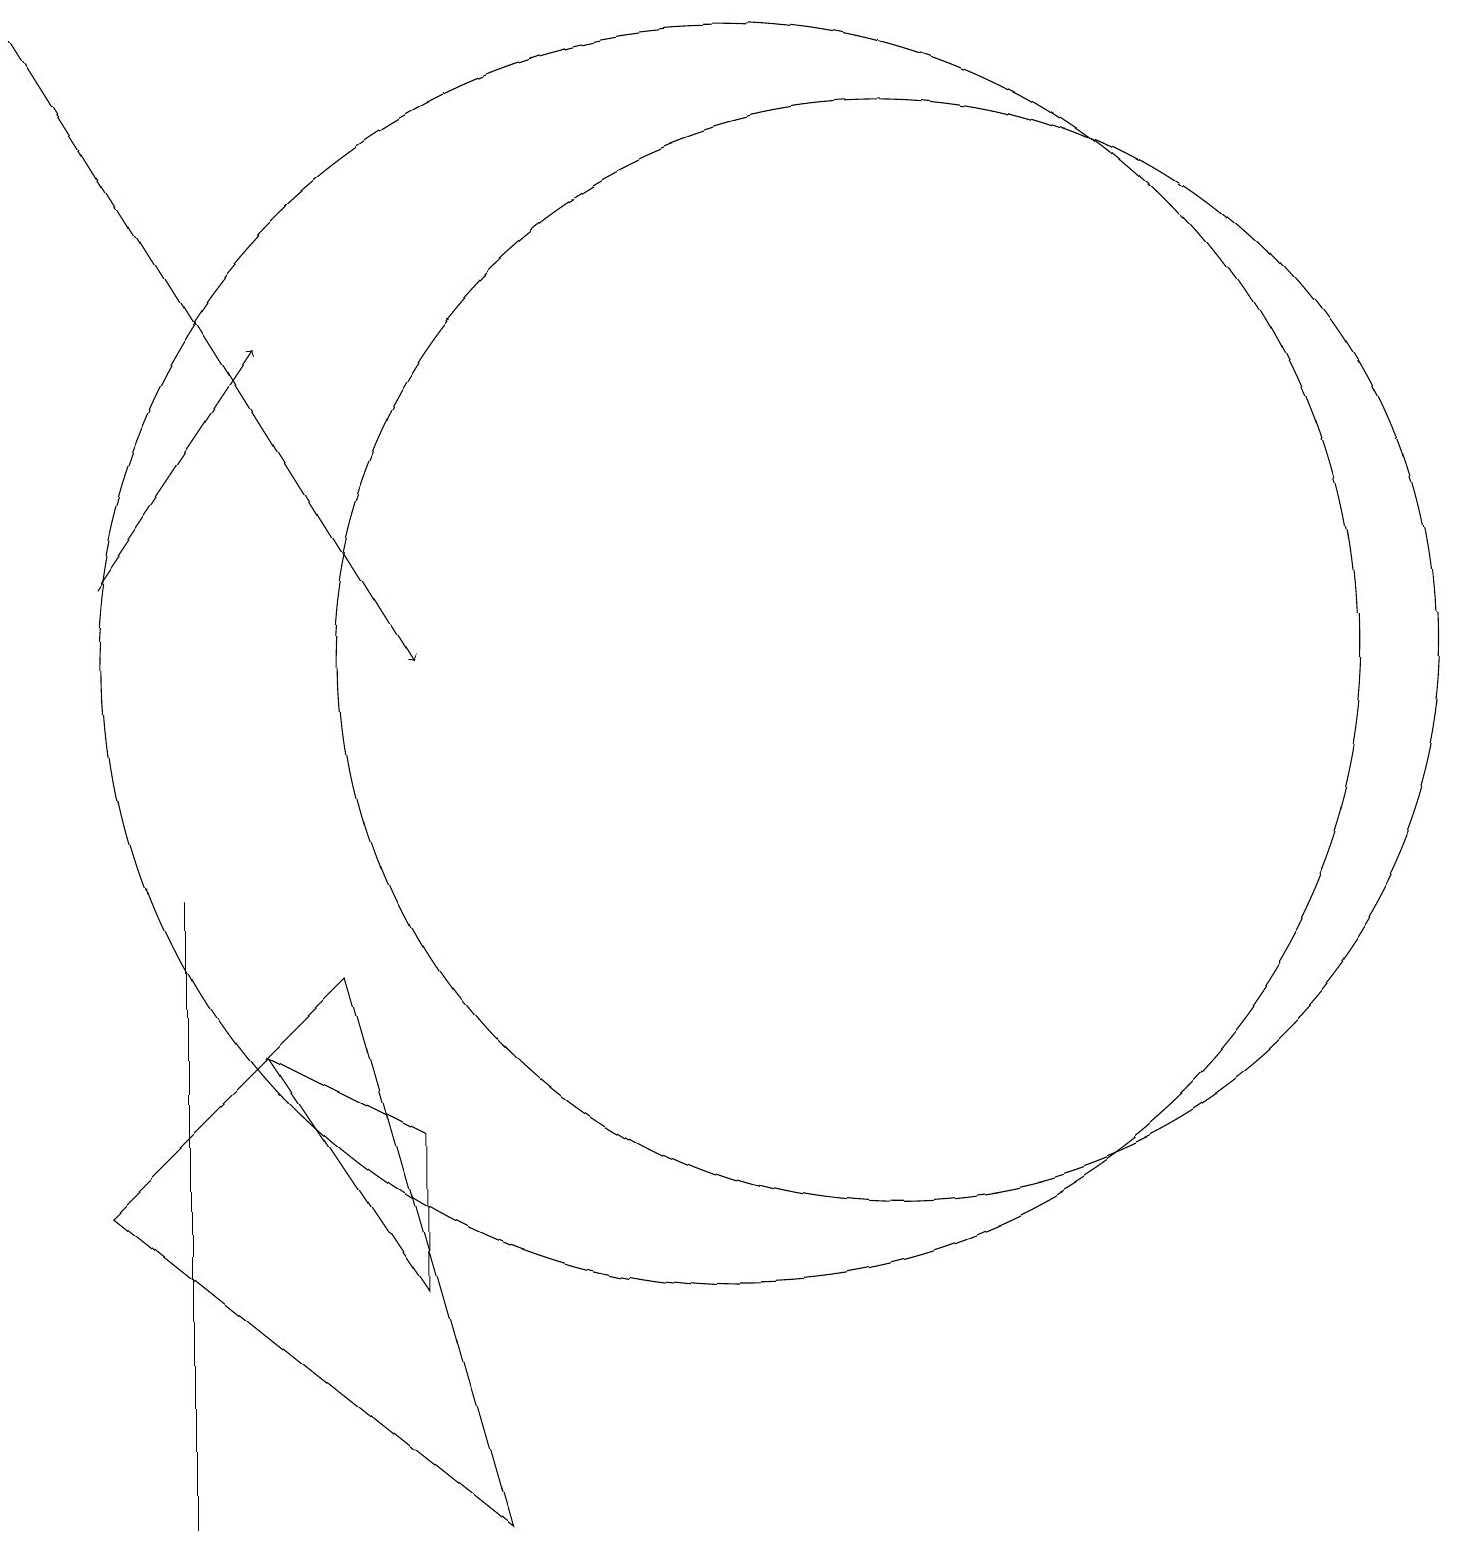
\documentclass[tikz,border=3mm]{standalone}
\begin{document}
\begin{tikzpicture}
\draw[->] (2,12) -- (4,15);
\draw (3,8) -- (3,1) -- (3,0) -- cycle;
\draw (12,11) circle (7);
\draw (6,5) -- (6,3) -- (4,6) -- cycle;
\draw (10,11) circle (8);
\draw[->] (1,19) -- (6,11);
\draw (5,7) -- (7,0) -- (2,4) -- cycle;
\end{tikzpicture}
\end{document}